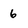
Character: 6